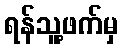
ရန်သူ့ဖက်မှ